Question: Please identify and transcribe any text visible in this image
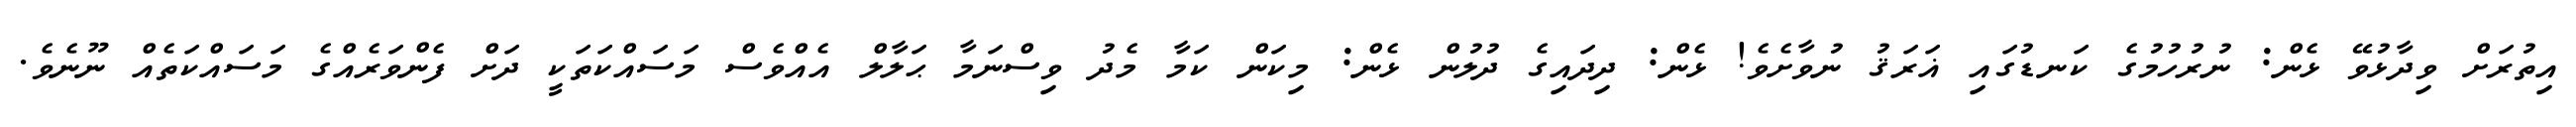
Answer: އިތުރަށް ވިދާޅުވޭ ޅެން: ނުރުހުމުގެ ކަނޑުގައި ޣަރަޤު ނުވާށެވެ! ޅެން: ދިދައިގެ ދުލުން ޅެން: މިކަން ކަމާ މެދު ވިސްނަމާ ޙަލާލް އެއްވެސް މަސައްކަތަކީ ދަށް ފެންވަރެއްގެ މަސައްކަތެއް ނޫނެވެ.